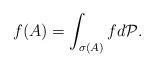
LaTeX: \begin{align*}f(A) = \displaystyle\int_{\sigma(A)}fd\mathcal{P}.\end{align*}